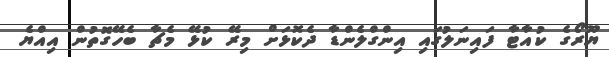
ޔޫރޯގެ ކުއާޓާ ފައިނަލުގައި އިންގްލެންޑާ ދެކޮޅަށް މިރޭ ކުޅޭ މެޗާ ބެހޭގޮތުން އިއްޔެ